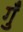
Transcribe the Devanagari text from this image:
गुँ